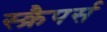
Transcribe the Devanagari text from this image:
स्क्रैपर्स